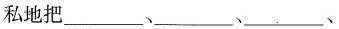
私地把___、___、___、